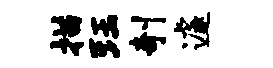
描珏剞遽